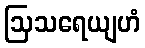
ဩသရေယျဟံ